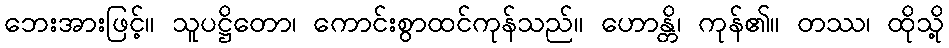
ဘေးအားဖြင့်။ သူပဋ္ဌိတော၊ ကောင်းစွာထင်ကုန်သည်။ ဟောန္တိ၊ ကုန်၏။ တဿ၊ ထိုသို့